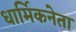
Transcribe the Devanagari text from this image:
धार्मिकनेता